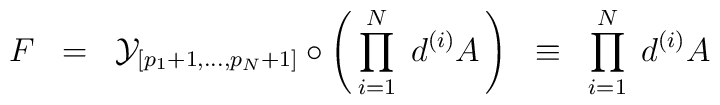
F \;\; = \;\; {\cal{Y}}_{[ p_1 +1 ,..., p_N +1]} \circ \left( \, \prod_{i=1}^{N} \; d^{(i)} A \, \right) \;\; \equiv \;\; \prod_{i=1}^{N} \; d^{(i)} A